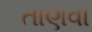
તાણવા